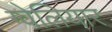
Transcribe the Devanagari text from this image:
ग्वेलियार